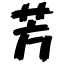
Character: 芳